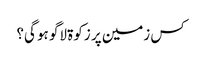
کس زمین‌ پر زکوۃ لاگو ہو گی؟